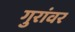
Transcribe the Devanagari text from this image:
गुरांवर